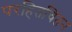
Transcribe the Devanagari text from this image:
परहितचिंतन